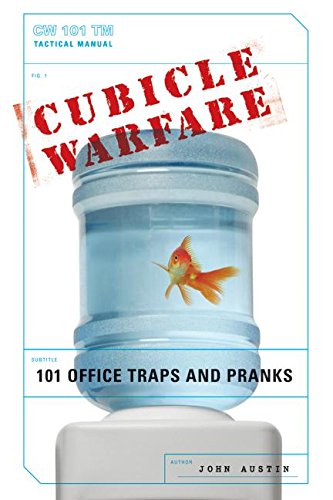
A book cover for Cubicle Warfare: 101 Office Traps and Pranks; John Austin; Humor & Entertainment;